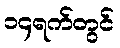
၁၄ရက်တွင်